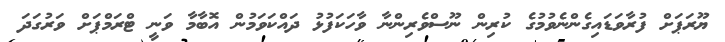
ޔޫރަޕަށް ފުރާވަޑައިގެންނެވުމުގެ ކުރިން ނޫސްވެރިންނާ ވާހަކަފުޅު ދައްކަވަމުން އޮބާމާ ވަނީ ޓްރަމްޕަށް ވަރުގަދަ